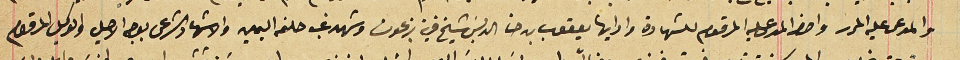
والمدعى عليه المحرر واحضر المدعى عليه المرقوم للشهادة من رايها يعقوب بن حنا الدبسَ شيخ قرية بزعون وشهد غب حلفه اليمين والاشهاد الشرعى بوجه الاصيل والوكيل المرقوم